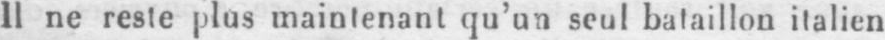
Il ne reste plus maintenant qu’un seul bataillon italien